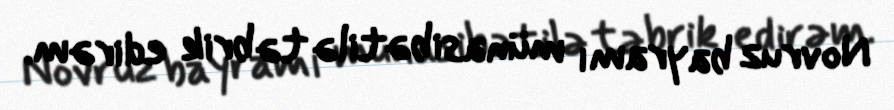
Novruz bayramı münasibətilə təbrik edirəm.